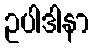
ဥပါဒါနာ